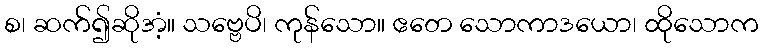
စ၊ ဆက်၍ဆိုအံ့။ သဗ္ဗေပိ၊ ကုန်သော။ ဧတေ သောကာဒယော၊ ထိုသောက